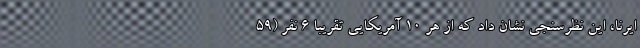
ایرنا، این نظرسنجی نشان داد که از هر 10 آمریکایی تقریبا 6 نفر (59